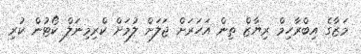
މަޒާގެ އިބްރާހިމް ރިޔާޒް ތިން އަހަރަށް ޖަލަށް ލުމަށް ކްރިމިނަލް ކޯޓުން ކުރި